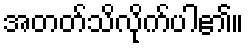
အတတ်သိလိုက်ပါ၏။